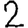
Digit: 2